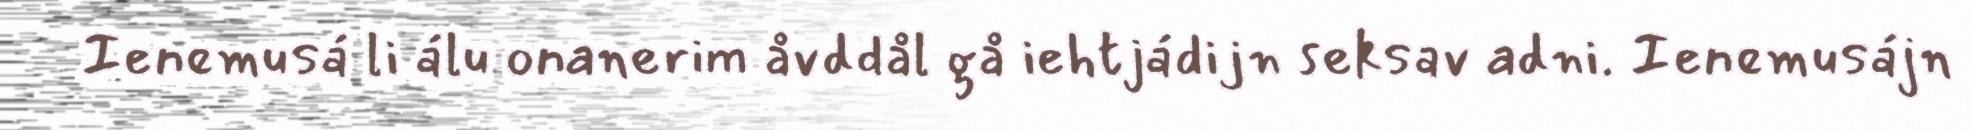
Ienemusá li álu onanerim åvddål gå iehtjádijn seksav adni. Ienemusájn